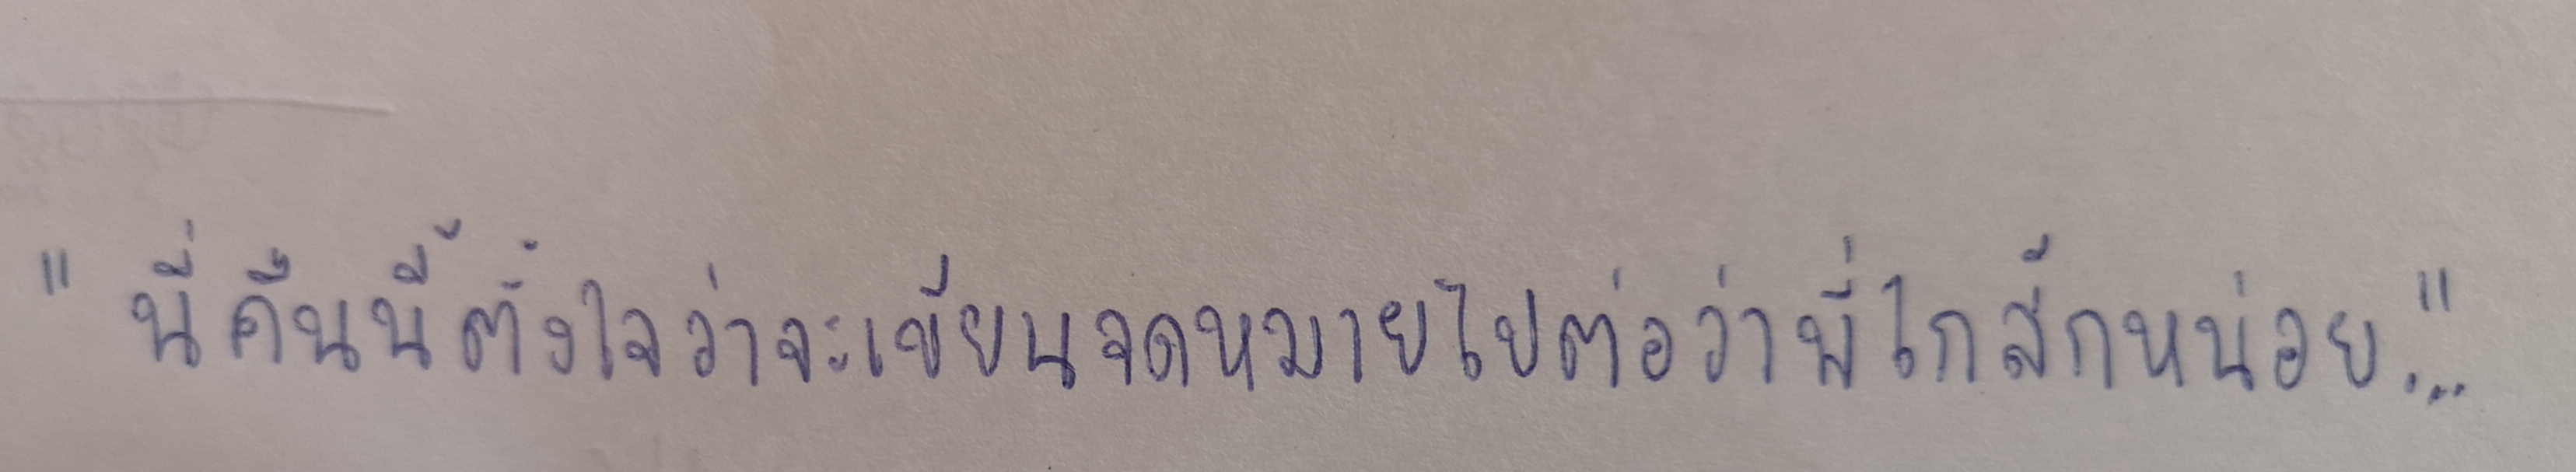
"นี่คืนนี้ตั้งใจว่าจะเขียนจดหมายไปต่อว่าพี่ไกสักหน่อย..."